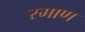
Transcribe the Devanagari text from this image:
रमाण